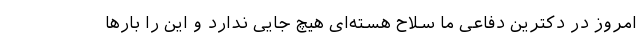
امروز در دکترین دفاعی ما سلاح هسته‌ای هیچ جایی ندارد و این را بارها